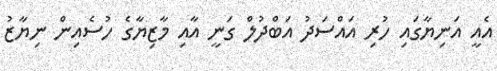
އެއީ އަނިޔާގައި ހުރި އައްސަދު އަބްދުލް ގަނީ އާއި މާޒިޔާގެ ހުސެއިން ނިޔާޒު